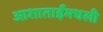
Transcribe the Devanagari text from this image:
आशाताईंमधली